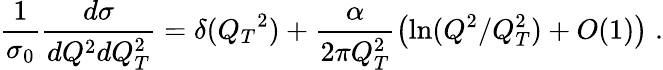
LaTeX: {\frac{1}{\sigma_{0}}}{\frac{d\sigma}{dQ^{2}dQ_{T}^{2}}}=\delta({Q_{T}}^{2})+{\frac{\alpha}{2\pi Q_{T}^{2}}}\bigl(\ln(Q^{2}/Q_{T}^{2})+O(1)\bigr)\; .